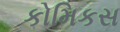
કોમિકસ